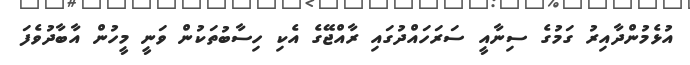
އުޅެމުންދާއިރު ގަމުގެ ސިނާއީ ސަރަހައްދުގައި ރާއްޖޭގެ އެކި ހިސާބުތަކުން ވަނީ މީހުން އާބާދުވެފަ